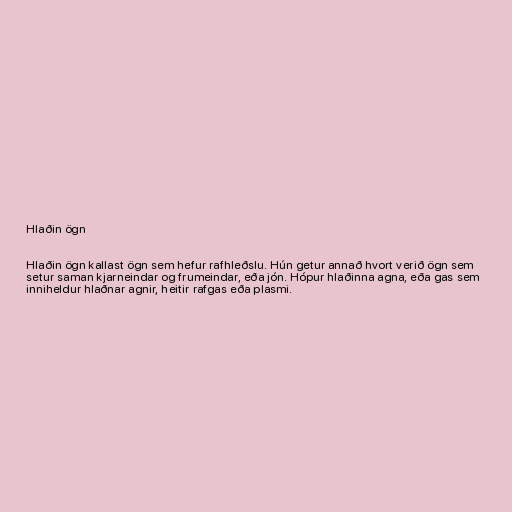
Hlaðin ögn

Hlaðin ögn kallast ögn sem hefur rafhleðslu. Hún getur annað hvort verið ögn sem
setur saman kjarneindar og frumeindar, eða jón. Hópur hlaðinna agna, eða gas sem
inniheldur hlaðnar agnir, heitir rafgas eða plasmi.